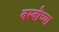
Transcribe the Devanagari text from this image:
बस्बीच्या